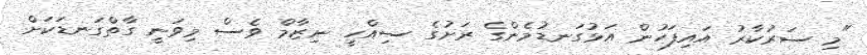
"މި ސަރުކާރު އައިފަހުން އަޅުގަނޑުމެންގެ ރަށުގެ ސިއްހީ ނިޒާމް ވެސް މިވަނީ ގާތްގަނޑަކަށް